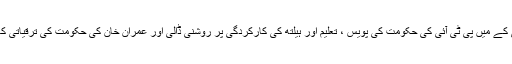
ارشد خان نے کے پی کے میں پی ٹی آئی کی حکومت کی پویس ، تعلیم اور ہیلتھ کی کارکردگی پر روشنی ڈالی اور عمران خان کی حکومت کی ترقیاتی کاموں کی تعریف کی ۔